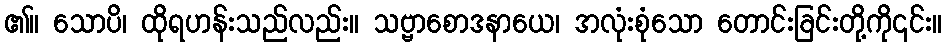
၏။ သောပိ၊ ထိုရဟန်းသည်လည်း။ သဗ္ဗာစောဒနာယေ၊ အလုံးစုံသော တောင်းခြင်းတို့ကို၎င်း။